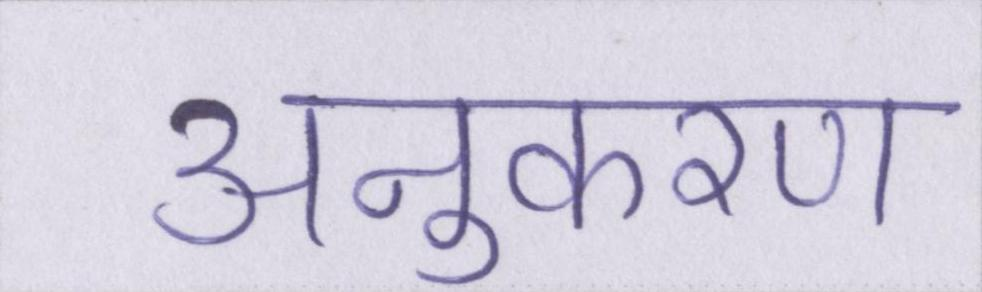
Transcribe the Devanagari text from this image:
अनुकरण